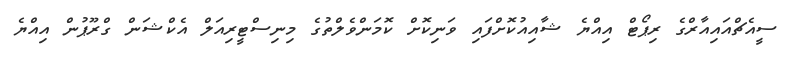
ސީއެޗްއައިއާރްގެ ރިޕޯޓް އިއްޔެ ޝާއިއުކޮށްފައި ވަނިކޮށް ކޮމަންވެލްތުގެ މިނިސްޓީރިއަލް އެކްޝަން ގްރޫޕުން އިއްޔެ